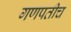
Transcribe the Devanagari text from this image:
गणपतीच